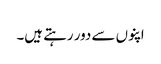
اپنوں سے دور رہتے ہیں۔